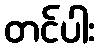
တင်ပါး